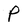
Character: P